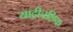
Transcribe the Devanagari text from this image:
याद्रीचछिक